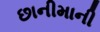
છાનીમાની